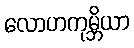
လောဟကုမ္ဘိယာ